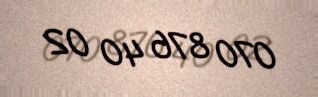
070 876 40 02